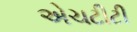
એચટીટી